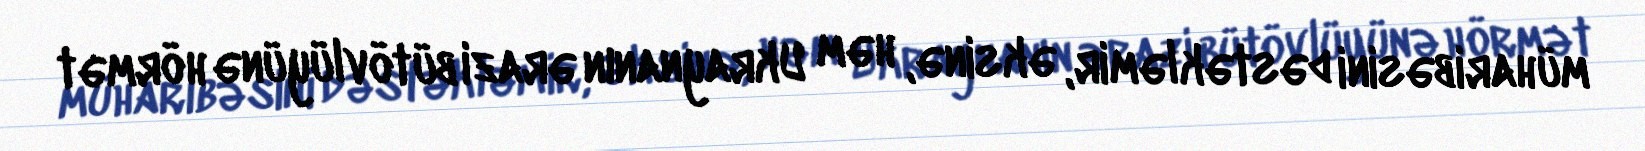
müharibəsini dəstəkləmir, əksinə, həm Ukraynanın ərazi bütövlüyünə hörmət